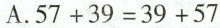
A.$$5 7 + 3 9 = 3 9 + 5 7$$